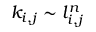
k _ { i , j } \sim l _ { i , j } ^ { n }